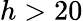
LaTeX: h>20